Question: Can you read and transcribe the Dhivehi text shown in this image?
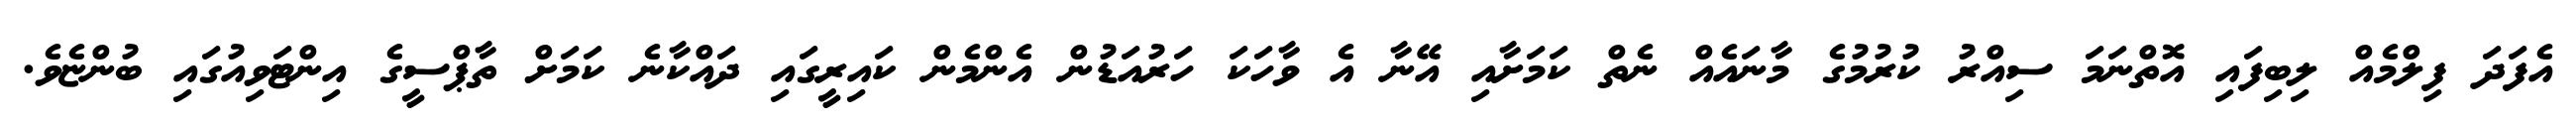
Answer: އެފަދަ ފިލްމެއް ލިބިފައި އޮތްނަމަ ސިއްރު ކުރުމުގެ މާނައެއް ނެތް ކަމަށާއި އޭނާ އެ ވާހަކަ ހަރުއަޑުން އެންމެން ކައިރީގައި ދައްކާނެ ކަމަށް ތާޕްސީގެ އިންޓަވިއުގައި ބުންޏެވެ.